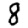
Digit: 8